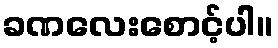
ခဏလေးစောင့်ပါ။